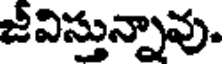
జీవిస్తున్నావు.